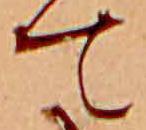
て